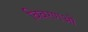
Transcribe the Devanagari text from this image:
विवरणओं